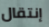
إنتقال